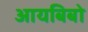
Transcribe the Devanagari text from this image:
आयबिबो